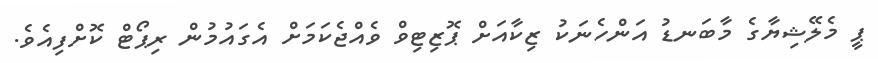
ޕީ މެލޭޝިޔާގެ މާބަނޑު އަންހެނަކު ޒިކާއަށް ޕޮޒިޓިވް ވެއްޖެކަމަށް އެގައުމުން ރިޕޯޓް ކޮށްފިއެވެ.